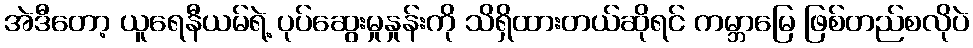
အဲဒီတော့ ယူရေနီယမ်ရဲ့ ပုပ်ဆွေးမှုနှုန်းကို သိရှိထားတယ်ဆိုရင် ကမ္ဘာမြေ ဖြစ်တည်စလိုပဲ